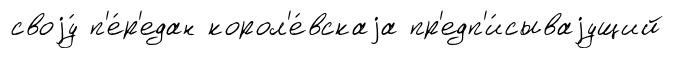
своjу́ п'е́р'едан корол'е́вскаjа пр'едп'и́сываjущий